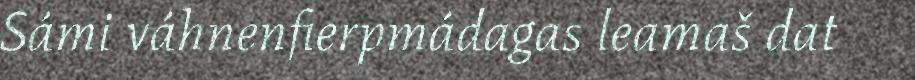
Sámi váhnenfierpmádagas leamaš dat